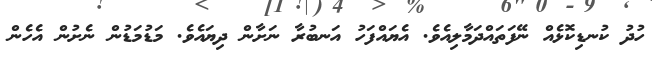
ހުދު ކުނޑިކޮޅެއް ނޭފަތައްދަމާލިއެވެ. އެޔައްފަހު އަނބުރާ ނަށާން ދިޔައެވެ. މަޑުމަޑުން ނެށުން އެހެން